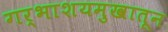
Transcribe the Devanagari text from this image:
गर्भाशयमुखातून